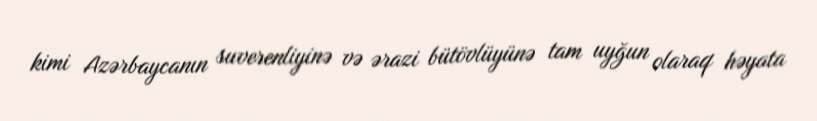
kimi Azərbaycanın suverenliyinə və ərazi bütövlüyünə tam uyğun olaraq həyata